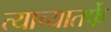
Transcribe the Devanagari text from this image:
त्याच्यातर्फे